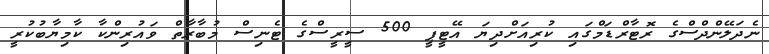
ނެދަލޭންދްސްގެ ރޮޓާރްޑަމްގައި ކުރިއަށްދިޔަ އޭޓީޕީ 500 ސީރީސްގެ ޓެނިސް މުބާރާތް ވައުރިންކާ ކާމިޔާބުކުރީ